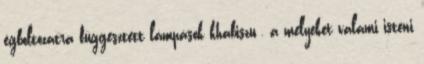
égboltozatra függesztett lámpások khabiszu , a melyeket valami isteni